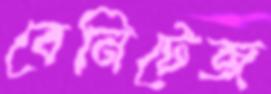
বেনিটেজ